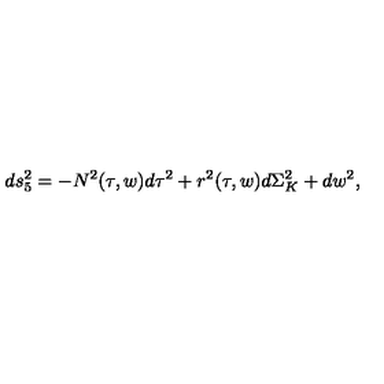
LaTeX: d s _ { 5 } ^ { 2 } = - N ^ { 2 } ( \tau , w ) d \tau ^ { 2 } + r ^ { 2 } ( \tau , w ) d \Sigma _ { K } ^ { 2 } + d w ^ { 2 } ,